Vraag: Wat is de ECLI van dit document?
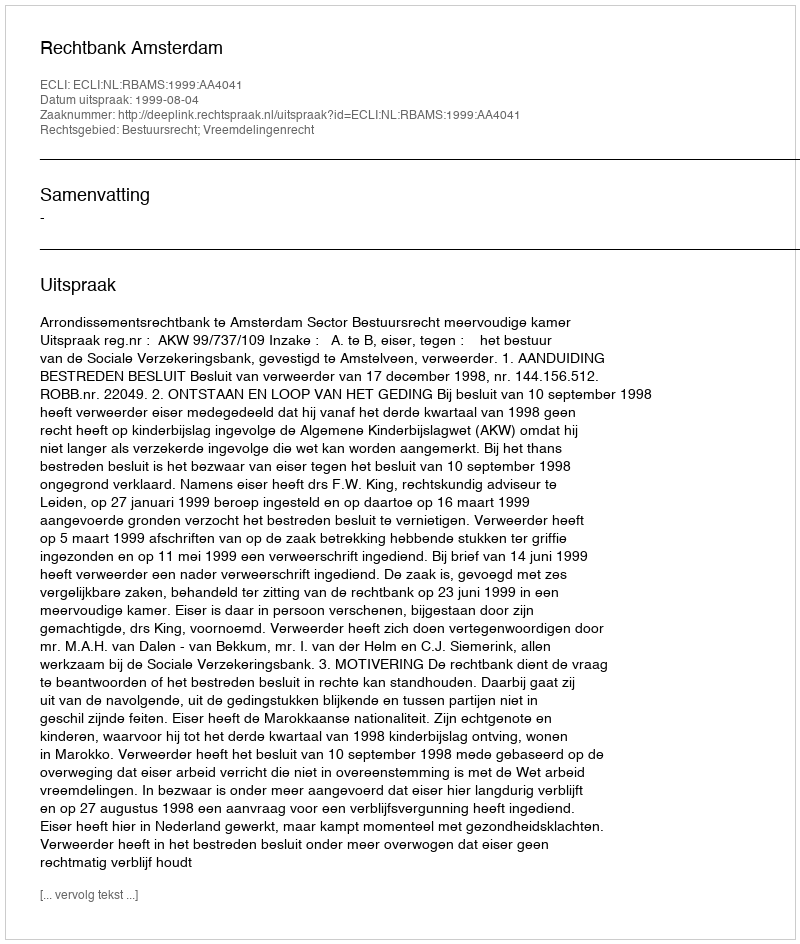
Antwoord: ECLI:NL:RBAMS:1999:AA4041